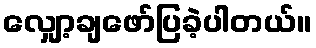
လျှော့ချဖော်ပြခဲ့ပါတယ်။